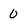
Character: 0